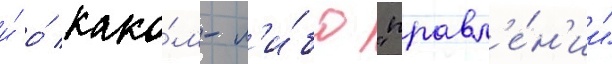
и́ о́ како́м-л'и́бо "правл'е́н'ии"